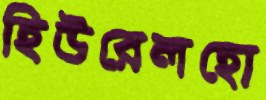
হিউরেলহো